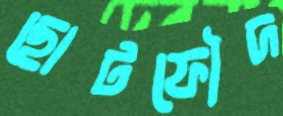
ছোটফৌদ